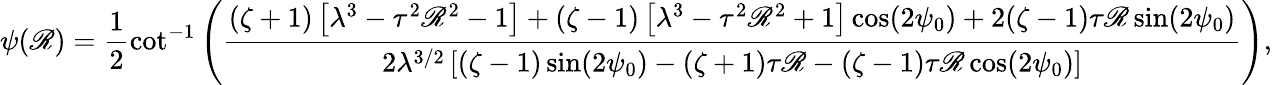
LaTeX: \psi(\mathscr{R})=\frac{{1}}{{2}}\cot^{-1}\left(\frac{{(\zeta+1)\left[\lambda^{3}-\tau^{2}\mathscr{R}^{2}-1\right]+(\zeta-1)\left[\lambda^{3}-\tau^{2}\mathscr{R}^{2}+1\right]\cos(2\psi_{0})+2(\zeta-1)\tau\mathscr{R}\sin(2\psi_{0})}}{{2\lambda^{3/2}\left[(\zeta-1)\sin(2\psi_{0})-(\zeta+1)\tau\mathscr{R}-(\zeta-1)\tau\mathscr{R}\cos(2\psi_{0})\right]}}\right),